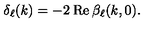
\delta _ { \ell } ( k ) = - 2 \: \mathrm { R e } \: \beta _ { \ell } ( k , 0 ) .